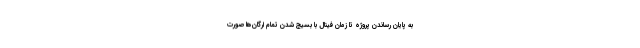
به پایان رساندن پروژه تا زمان فینال با بسیج شدن تمام ارگان‌ها صورت